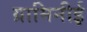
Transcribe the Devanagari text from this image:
ग्रामिनीई